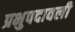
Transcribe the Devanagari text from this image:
प्रभुपदावली